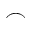
\frown